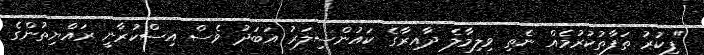
"ފިކުރު ތަފާތުކުރުމެއް ނެތި ވިލިމާލެ ދާއިރާގެ ކައުންސިލަރު އަބަދު ވެސް އިސްކުރާނީ ރައްޔިތުންގެ